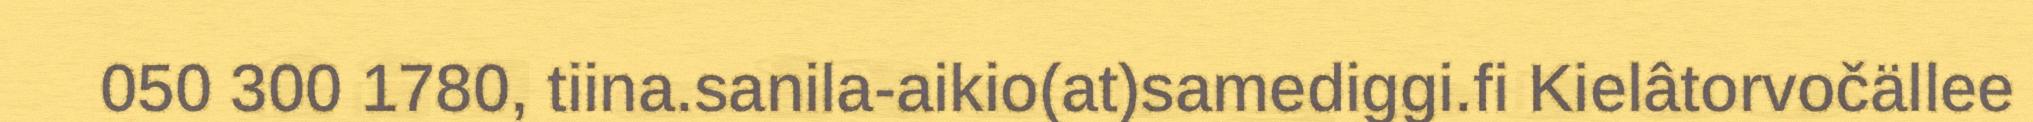
050 300 1780, tiina.sanila-aikio(at)samediggi.fi Kielâtorvočällee